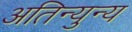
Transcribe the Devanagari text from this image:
अतिन्युन्य